Newspaper: Freie Presse für Texas. [volume]
Place of publication: San Antonio, Tex.
Publisher: H. Pollmar
Date: 1890-05-01 00:00:00
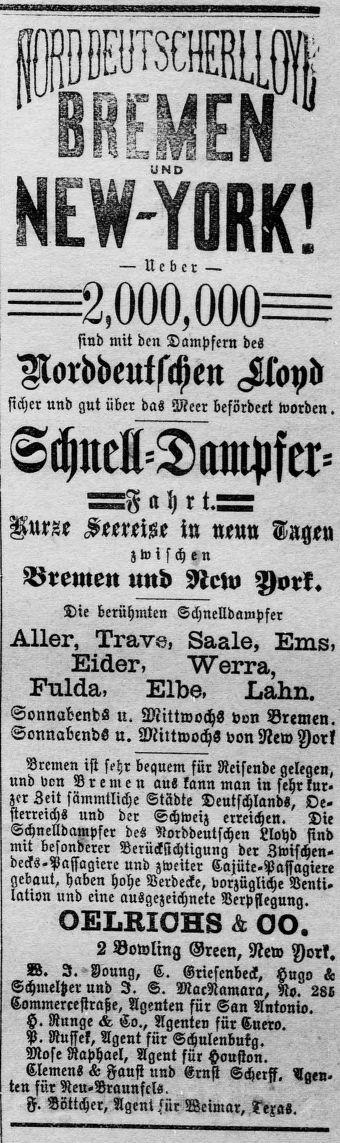
Advertisement text (OCR):
HEETSEHEHLLOI s: » F Es E-. gi· « — Ueber— EL,000,000?E sind mit den Dampfern des Aarddeuischen cMond sicher und gut über das Meer befördert worden . Schnell-Dampfer -F a h r t. Kurze Seereise in neun Geigen zwisch en Bremen nnd New York. Die berühmten Schnelldawpfer Aller, Trave, saalen Erns Eiden Wen-a, Kalch- Blbe, Les-Im. Sonnabend-s u. Mittwochs von Brauen. Sonnabends n. Mittwoche von New York Brcmen ist sehr bequem für Reisende gele en, und von B r e m e n aus kann man in sehr ur zer Zeit sämmtliche Städte Deutschlands, Oe sterreichs und der Schweiz etreicheu. Die Schnelldatzipfer des Norddeutschen Lloyd sind mit besonderer Berücksichtigung der Zwischen deckssPassagiete und zweiter CajütesPassagiere gebaut, haben hohe Verdecke, vorzügliche Ventii lation und eine ausgezeichnete Verpflegung. OBLRIOES ä CO. 2 Bowling Green, New York. B. J· «—Y"onng, C. Griesenbeck, ngn se Schntelter und J. S. MaeNamara, o. 285 Commereesttaße, Agenten für Sau Antonio. H. Range se- Co., Agenten für Euere-. P. Rugeh Ageut für Schnlenbnkq. Mose aphaeh Agent für pension. — Clemens G Faust nnd Ernst Schaff. Im ten für NeusVrannfels. F. Böttchey Agent »für- Weinmr, »Dean
Label: text-only